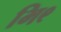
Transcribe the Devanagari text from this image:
भि९